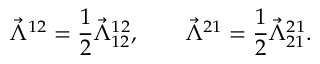
\vec { \Lambda } ^ { 1 2 } = \frac { 1 } { 2 } \vec { \Lambda } _ { 1 2 } ^ { 1 2 } , \qquad \vec { \Lambda } ^ { 2 1 } = \frac { 1 } { 2 } \vec { \Lambda } _ { 2 1 } ^ { 2 1 } .